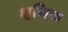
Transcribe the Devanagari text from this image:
क्ष्रमिक